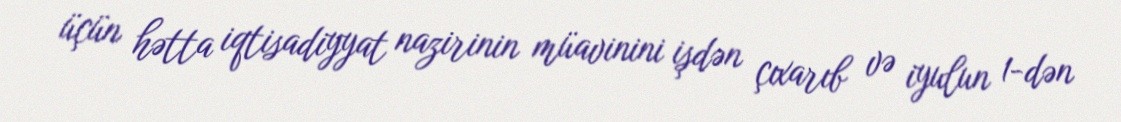
üçün hətta iqtisadiyyat nazirinin müavinini işdən çıxarıb və iyulun 1-dən